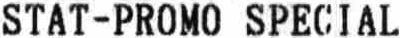
STAT-PROMO SPECIAL